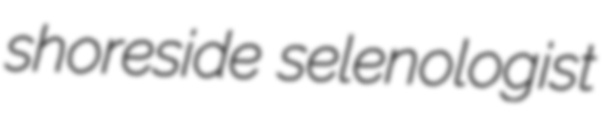
shoreside selenologist